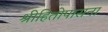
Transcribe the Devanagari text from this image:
श्रीहितोपासना